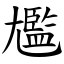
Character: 尷